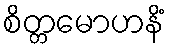
စိတ္တမောဟနိံ